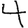
Digit: 4